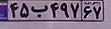
۴۵ب۴۹۷۶۷